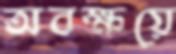
অবক্ষয়ে